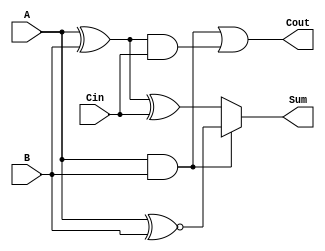
module ConditionalSumFullAdder (
    input wire A,     // First significant bit
    input wire B,     // Second significant bit
    input wire Cin,   // Carry input
    output wire Sum,  // Sum output
    output wire Cout  // Carry output
);

    // Internal signals for carry generation
    wire C1; // Carry generated from A and B
    wire C2; // Carry generated from (A XOR B) and Cin
    wire S1; // Intermediate sum when C1 is true
    wire S2; // Intermediate sum when C1 is false

    // Carry generation logic
    assign C1 = A & B; // C1 = A AND B
    assign C2 = (A ^ B) & Cin; // C2 = (A XOR B) AND Cin

    // Overall carry out
    assign Cout = C1 | C2; // Cout = C1 OR C2

    // Sum calculation based on carry generation
    assign S1 = A ~^ B; // Sum when C1 is true (A XNOR B)
    assign S2 = A ^ B ^ Cin; // Sum when C1 is false (A XOR B XOR Cin)

    // Final sum output using multiplexer logic
    assign Sum = C1 ? S1 : S2; // If C1 is true, use S1; otherwise use S2

endmodule